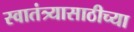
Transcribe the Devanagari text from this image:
स्वातंत्र्यासाठीच्या